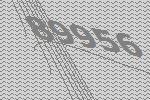
89956